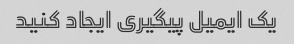
یک ایمیل پیگیری ایجاد کنید